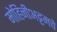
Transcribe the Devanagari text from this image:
मोहिनीअट्टमचे